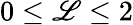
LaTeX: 0\leq\mathscr{L}\leq2